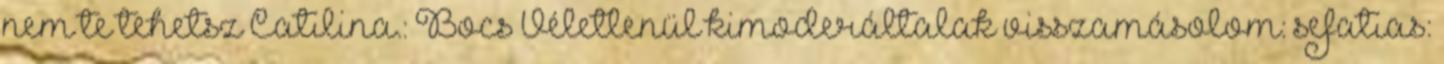
nem te tehetsz Catilina.: Bocs Véletlenül kimoderáltalak visszamásolom: sefatias: